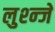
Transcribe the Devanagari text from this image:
लुश्न्जे